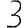
Digit: 3